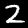
Label: 2